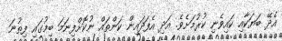
އެދޭ ބަޔަކާއި ކައިވެނި ކުރުމަށެވެ. އަދި އެފަދައިން ކަންތައް ނުކޮށްފިނަމަ ބިމުގައި ފިތުނަ